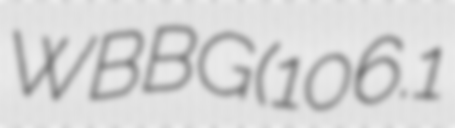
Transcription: WBBG (106.1